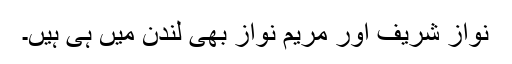
نواز شریف اور مریم نواز بھی لندن میں ہی ہیں۔